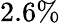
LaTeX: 2.6\%